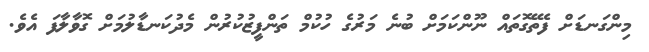
މިންގަނޑަށް ފެތޭގޮތައް ނޫންކަމަށް ބުނެ މަރުގެ ހުކުމް ތަންފީޒުކުރުން މެދުކަނޑާލުމަށް ގޮވާލާފަ އެވެ.